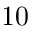
1 0